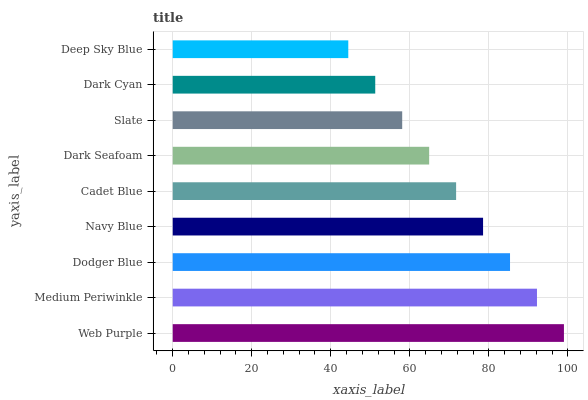
| yaxis_label | bars |
 | --- | --- |
 | Web Purple | 99 |
 | Medium Periwinkle | 92.2 |
 | Dodger Blue | 85.4 |
 | Navy Blue | 78.5 |
 | Cadet Blue | 71.7 |
 | Dark Seafoam | 64.9 |
 | Slate | 58.1 |
 | Dark Cyan | 51.2 |
 | Deep Sky Blue | 44.4 |